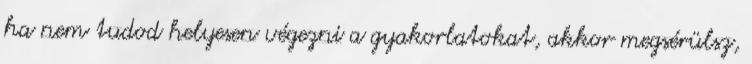
ha nem tudod helyesen végezni a gyakorlatokat, akkor megsérülsz,